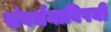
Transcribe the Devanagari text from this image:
संवर्धनाविषयी